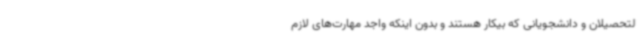
لتحصیلان و دانشجویانی که بیکار هستند و بدون اینکه واجد مهارت‌های لازم